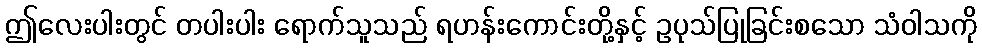
ဤလေးပါးတွင် တပါးပါး ရောက်သူသည် ရဟန်းကောင်းတို့နှင့် ဥပုသ်ပြုခြင်းစသော သံဝါသကို